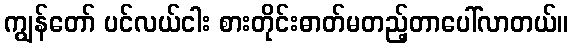
ကျွန်တော် ပင်လယ်ငါး စားတိုင်းဓာတ်မတည့်တာပေါ်လာတယ်။